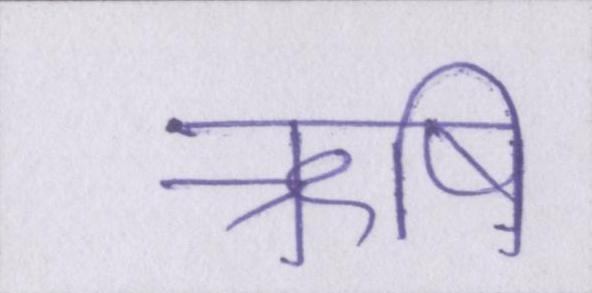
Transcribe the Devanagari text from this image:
ऋषि